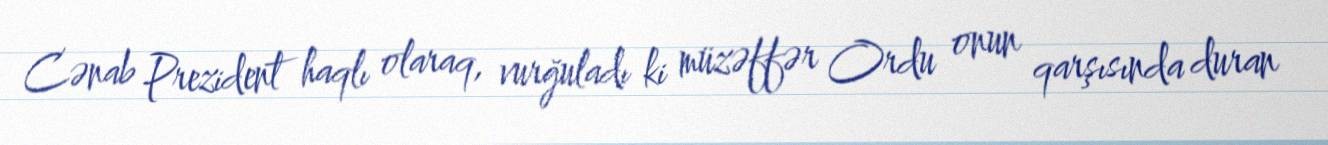
Cənab Prezident haqlı olaraq, vurğuladı ki müzəffər Ordu onun qarşısında duran